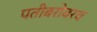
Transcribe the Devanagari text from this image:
पतीबरोबरच